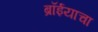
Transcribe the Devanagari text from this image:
ब्रॉईयाचा